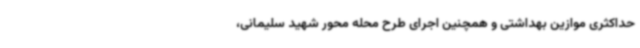
حداکثری موازین بهداشتی و همچنین اجرای طرح محله محور شهید سلیمانی،